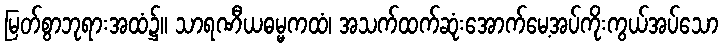
မြတ်စွာဘုရားအထံ၌။ သာရဏီယဓမ္မကထံ၊ အသက်ထက်ဆုံးအောက်မေ့အပ်ကိုးကွယ်အပ်သော